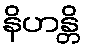
နိဟန္တိ